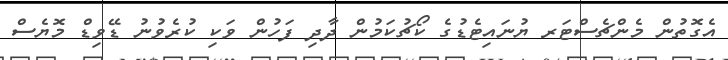
އެގޮތުން މެންޗެސްޓަރ ޔުނައިޓެޑުގެ ކޯޗުކަމުން ދާދި ފަހުން ވަކި ކުރެވުނު ޑޭވިޑް މޮޔެސް